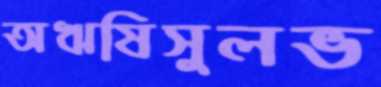
অঋষিসুলভ